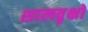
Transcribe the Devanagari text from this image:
शालवृक्षों